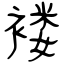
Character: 褛